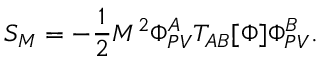
S _ { M } = - \frac { 1 } { 2 } M ^ { 2 } \Phi _ { P V } ^ { A } T _ { A B } [ \Phi ] \Phi _ { P V } ^ { B } .